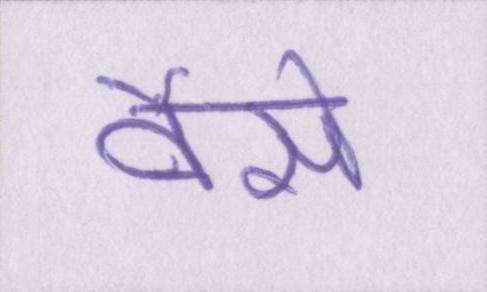
वैसे